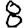
Digit: 8